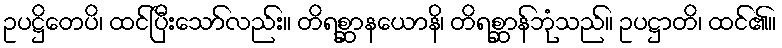
ဥပဋ္ဌိတေပိ၊ ထင်ပြီးသော်လည်း။ တိရစ္ဆာနယောနိ၊ တိရစ္ဆာန်ဘုံသည်။ ဥပဋ္ဌာတိ၊ ထင်၏။